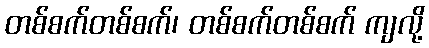
တစ်စက်တစ်စက်၊ တစ်စက်တစ်စက် ကျလို့